Problem: 3 × 8 = ?
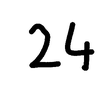
Handwritten answer: 24